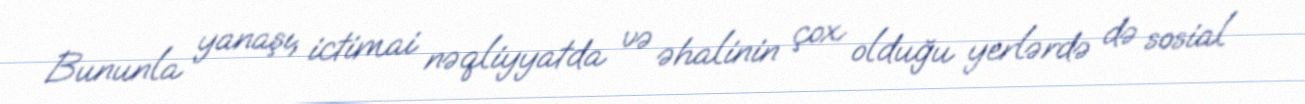
Bununla yanaşı, ictimai nəqliyyatda və əhalinin çox olduğu yerlərdə də sosial